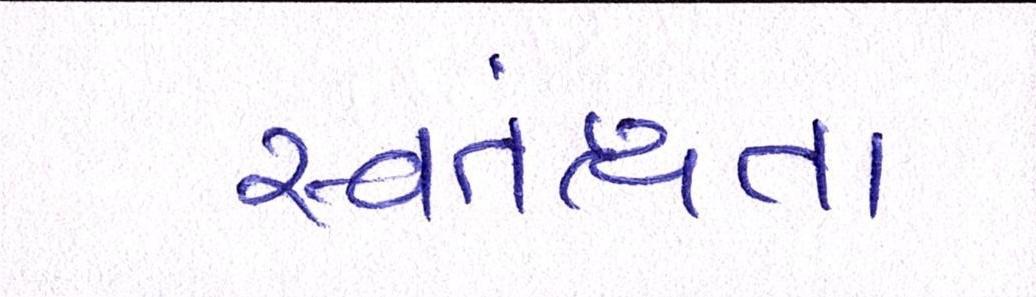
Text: સ્વતંત્ર્યતા